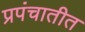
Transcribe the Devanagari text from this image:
प्रपंचातीत